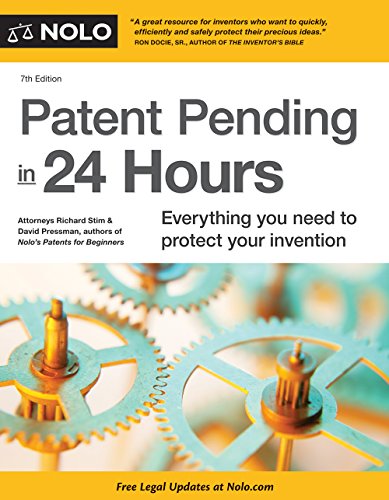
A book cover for Patent Pending in 24 Hours; Richard Stim Attorney; Law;